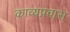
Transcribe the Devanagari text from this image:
काव्यप्रवास